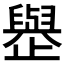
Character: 𪴿